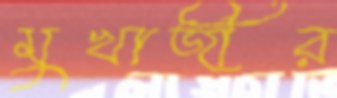
মুখার্জীর